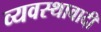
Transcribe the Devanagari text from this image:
व्यवस्थावादी